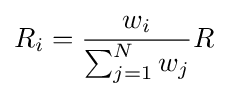
R_{i}={\frac {w_{i}}{\sum _{j=1}^{N}w_{j}}}R